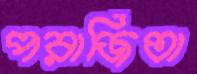
পরাজিতা